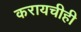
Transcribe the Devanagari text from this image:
करायचीही